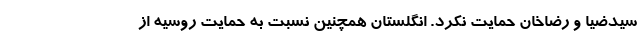
سیدضیا و رضاخان حمایت نکرد. انگلستان همچنین نسبت به حمایت روسیه از